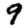
Digit: 9